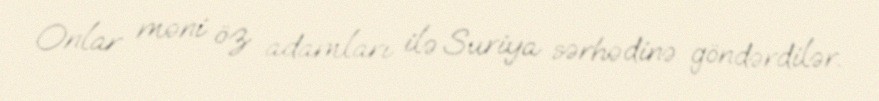
Onlar məni öz adamları ilə Suriya sərhədinə göndərdilər.